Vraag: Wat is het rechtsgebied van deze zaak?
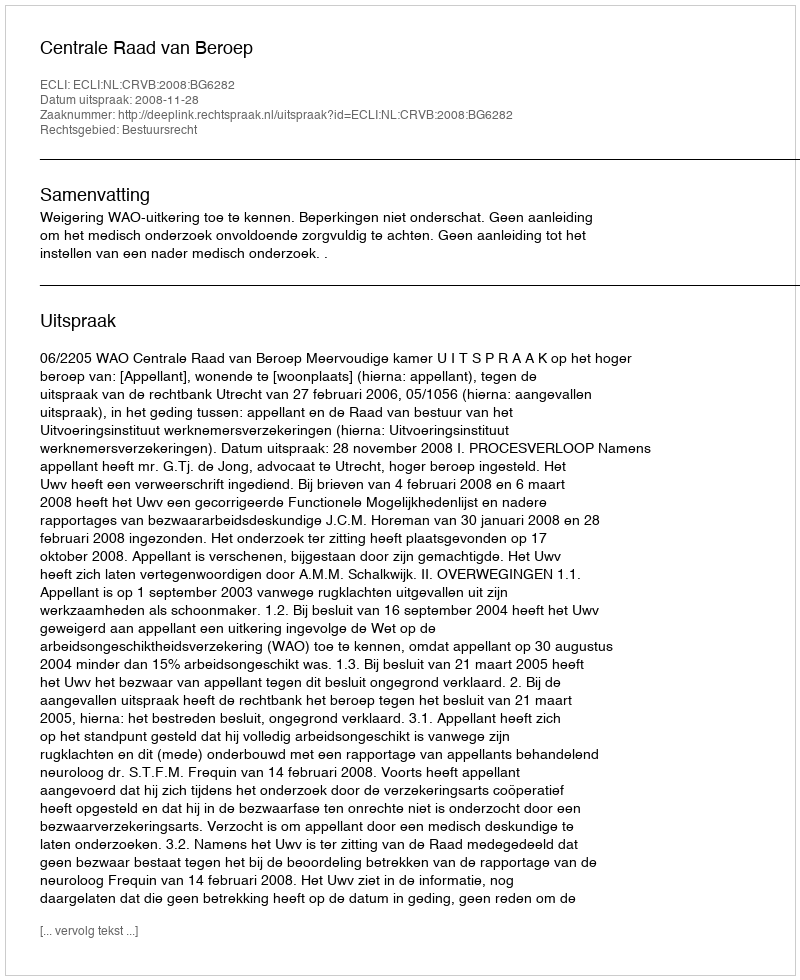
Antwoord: Bestuursrecht